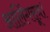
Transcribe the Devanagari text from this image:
आलिंगसूत्र।